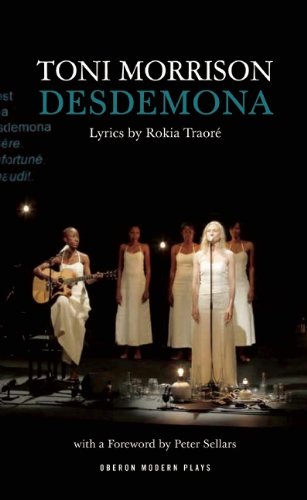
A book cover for Desdemona (Oberon Modern Plays); Toni Morrison; Literature & Fiction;